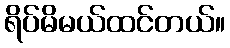
ရိပ်မိမယ်ထင်တယ်။